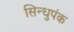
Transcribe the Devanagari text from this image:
सिन्धुपंक